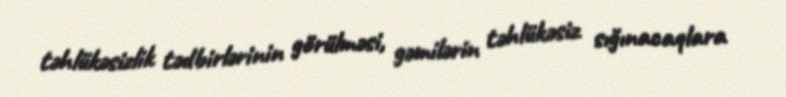
təhlükəsizlik tədbirlərinin görülməsi, gəmilərin təhlükəsiz sığınacaqlara